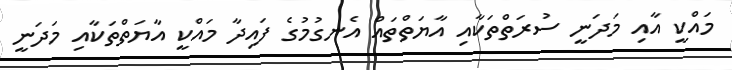
މައްކީ އާއި މަދަނީ ސުރަތްތަކާއި އާޔަތްތައް އެނގުމުގެ ފައިދާ މައްކީ އާޔަތްތަކާއި މަދަނީ